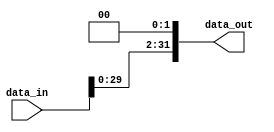
module shift_left_2 (
  input wire [31:0] data_in, //veio de sign_extend_16
  output wire [31:0] data_out //vai para c do mux_alusrb.v
);

  assign data_out = data_in << 2; //desloca data_in 2 bits para a esquerda, colocando zeros  direita

endmodule